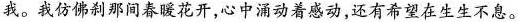
我。我仿佛刹那间春暖花开，心中涌动着感动，还有希望在生生不息。